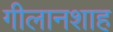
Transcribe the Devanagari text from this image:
गीलानशाह